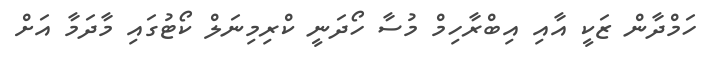
ހަމްދާން ޒަކީ އާއި އިބްރާހިމް މުސާ ހޯދަނީ ކްރިމިނަލް ކޯޓުގައި މާދަމާ އަށް